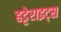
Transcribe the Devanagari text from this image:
हट्टेराइट्स